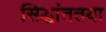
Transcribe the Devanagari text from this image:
सिद्धांततया